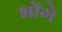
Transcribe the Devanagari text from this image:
भोंगे